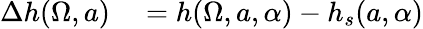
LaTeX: \begin{array}{rl}{\Delta{h}(\Omega,a)}&{{}=h(\Omega,a,\alpha)-h_{s}(a,\alpha)}\end{array}